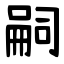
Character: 嗣